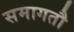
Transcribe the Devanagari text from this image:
समागतौ